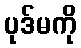
ပုဒ်မကို